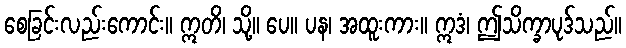
စေခြင်းလည်းကောင်း။ ဣတိ၊ သို့။ ပေ။ ပန၊ အထူးကား။ ဣဒံ၊ ဤသိက္ခာပုဒ်သည်။